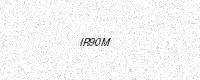
Text: IR90M